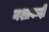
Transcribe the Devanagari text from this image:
नशाबन्दी